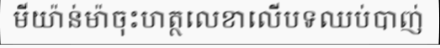
មីយ៉ាន់ម៉ាចុះហត្ថលេខាលើបទឈប់បាញ់